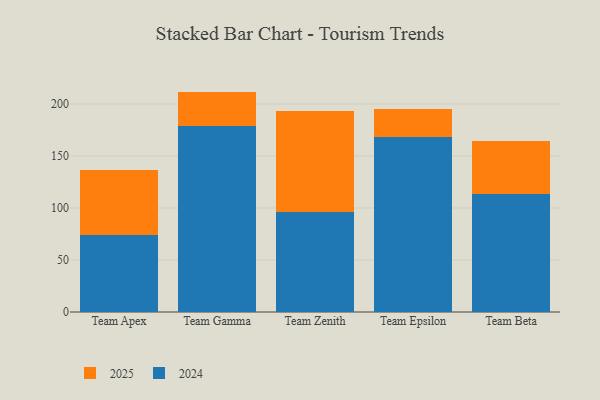
{"axis": {"x": "Team", "y": "Page Views"}, "legend": ["2024", "2025"], "data": [{"x": "Team Apex", "y": 62.6, "type": "2025"}, {"x": "Team Apex", "y": 74.3, "type": "2024"}, {"x": "Team Gamma", "y": 33.4, "type": "2025"}, {"x": "Team Gamma", "y": 178.5, "type": "2024"}, {"x": "Team Zenith", "y": 97.5, "type": "2025"}, {"x": "Team Zenith", "y": 96.1, "type": "2024"}, {"x": "Team Epsilon", "y": 26.6, "type": "2025"}, {"x": "Team Epsilon", "y": 168.1, "type": "2024"}, {"x": "Team Beta", "y": 51.5, "type": "2025"}, {"x": "Team Beta", "y": 113.1, "type": "2024"}]}